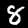
Digit: 8